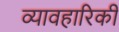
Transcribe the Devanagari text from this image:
व्यावहारिकी